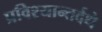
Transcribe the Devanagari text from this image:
प्रविश्यान्तर्दधे